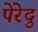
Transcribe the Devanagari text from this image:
पेरेदु